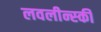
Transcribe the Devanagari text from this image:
लवलीन्स्की